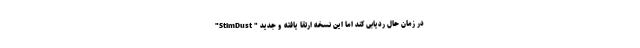
در زمان حال ردیابی کند اما این نسخه ارتقا یافته و جدید " StimDust"